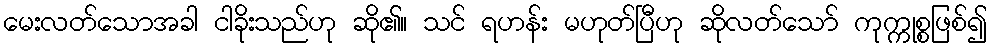
မေးလတ်သောအခါ ငါခိုးသည်ဟု ဆို၏။ သင် ရဟန်း မဟုတ်ပြီဟု ဆိုလတ်သော် ကုက္ကုစ္စဖြစ်၍